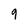
Character: 9